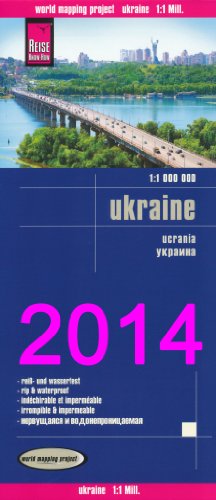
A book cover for Maps of Ukraine; H Kolody; Travel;